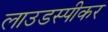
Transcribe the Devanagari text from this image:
लाउडस्‍पीकर